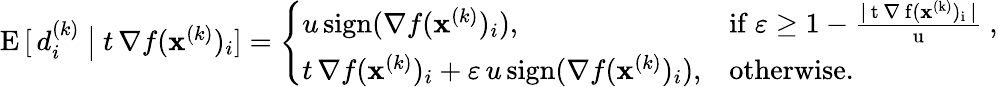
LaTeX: \begin{array}{r}{\mathrm{E}\, [\, d_{i}^{(k)}\ \big\vert\ t\, \nabla f(\mathbf{x}^{(k)})_{i}]=\left\{ \begin{array}{ll}{u\, \mathrm{sign}(\nabla f(\mathbf{x}^{(k)})_{i}),}&{\mathrm{if~\varepsilon\ge 1-\frac{\vert\, t\, \nabla~f(\mathbf{x}^{(k)})_i\, \vert}{u}~,}}\\ {t\, \nabla f(\mathbf{x}^{(k)})_{i}+\varepsilon\, u\, \mathrm{sign}(\nabla f(\mathbf{x}^{(k)})_{i}),}&{\mathrm{otherwise}.}\end{array}\right.}\end{array}